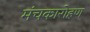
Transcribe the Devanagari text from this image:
मंचकारोहण